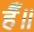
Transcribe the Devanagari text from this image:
हैँ॥